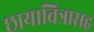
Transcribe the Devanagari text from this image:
छायाचित्रासह